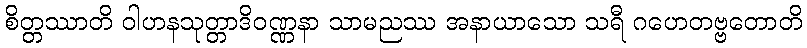
စိတ္တဿာတိ ဝါဟနသုတ္တာဒိဝဏ္ဏနာ သာမညဿ အနာယာသော သရီ ဂဟေတဗ္ဗတောတိ